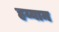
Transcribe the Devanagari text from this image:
हय्याम